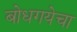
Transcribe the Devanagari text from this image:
बोधगयेचा